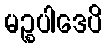
မဉ္စပါဒေပိ